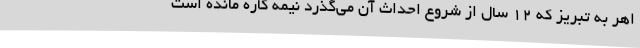
اهر به تبریز که 12 سال از شروع احداث آن می‌گذرد نیمه کاره مانده است